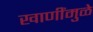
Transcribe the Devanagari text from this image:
खाणींमुळे